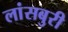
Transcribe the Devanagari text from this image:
लांसबुरी